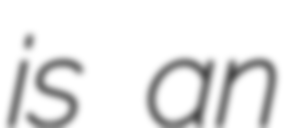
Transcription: is an